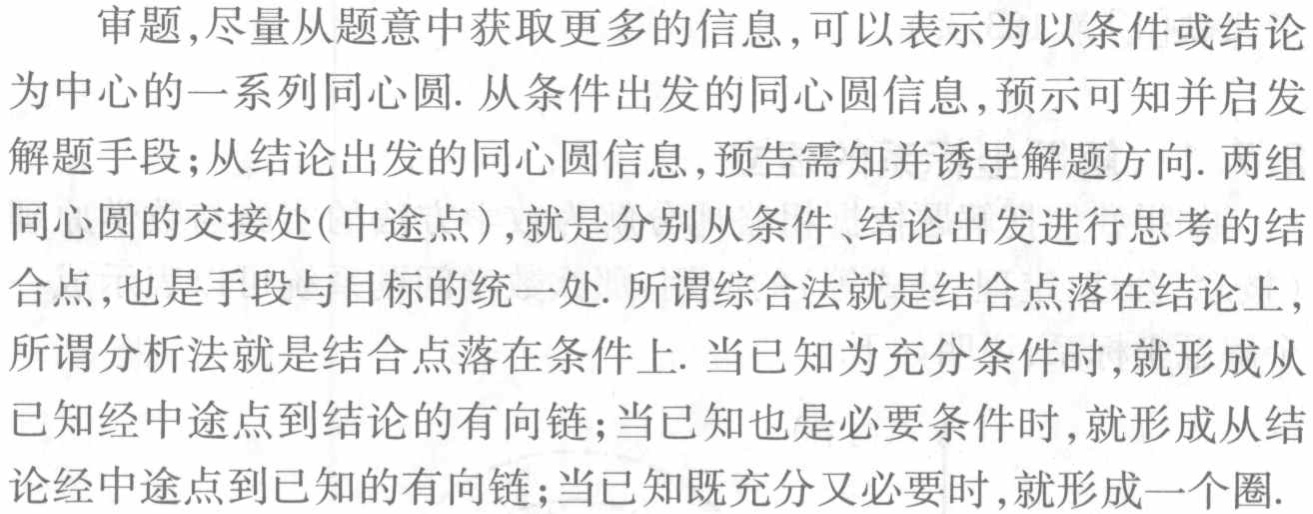
审题,尽量从题意中获取更多的信息,可以表示为以条件或结论
为中心的一系列同心圆. 从条件出发的同心圆信息,预示可知并启发
解题手段;从结论出发的同心圆信息,预告需知并诱导解题方向. 两组
同心圆的交接处(中途点),就是分别从条件、结论出发进行思考的结
合点,也是手段与目标的统一处. 所谓综合法就是结合点落在结论上,
所谓分析法就是结合点落在条件上. 当已知为充分条件时,就形成从
已知经中途点到结论的有向链;当已知也是必要条件时,就形成从结
论经中途点到已知的有向链;当已知既充分又必要时,就形成一个圈.